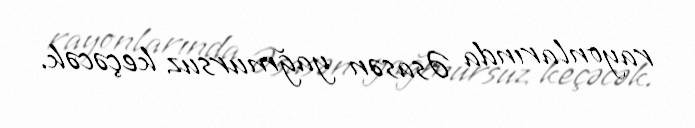
rayonlarında Əsasən yağmursuz keçəcək.